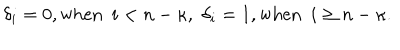
LaTeX: \delta _ { i } = 0 , { \mathrm { w h e n } } \, \, \, i < n - \kappa , \, \, \delta _ { i } = 1 , { \mathrm { w h e n } } \, \, \, i \ge n - \kappa .